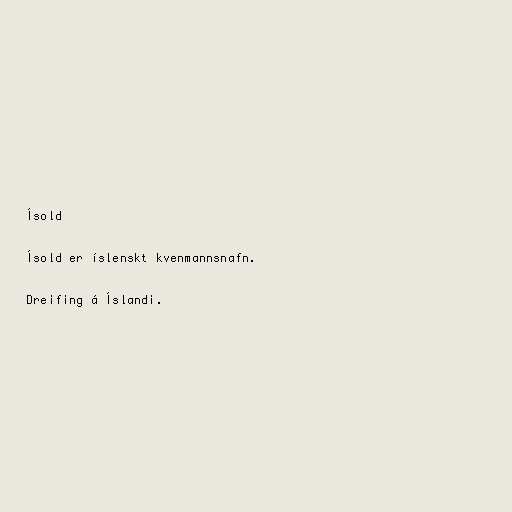
Ísold

Ísold er íslenskt kvenmannsnafn.

Dreifing á Íslandi.